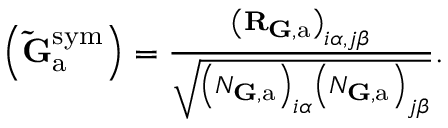
\begin{array} { r } { \left( \mathbf { \tilde { G } } _ { \mathrm { a } } ^ { \mathrm { s y m } } \right) = \frac { \left( \mathbf { R } _ { { \mathbf G } , \mathrm { a } } \right) _ { i \alpha , j \beta } } { \sqrt { \left( N _ { { \mathbf G } , \mathrm { a } } \right) _ { i \alpha } \left( N _ { { \mathbf G } , \mathrm { a } } \right) _ { j \beta } } } . } \end{array}